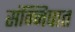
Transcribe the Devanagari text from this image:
संन्निपात